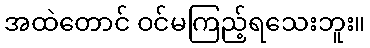
အထဲတောင် ဝင်မကြည့်ရသေးဘူး။